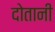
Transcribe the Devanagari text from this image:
दोतानी